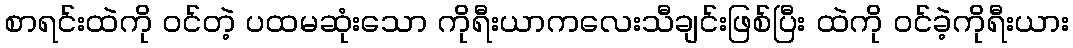
စာရင်းထဲကို ဝင်တဲ့ ပထမဆုံးသော ကိုရီးယာကလေးသီချင်းဖြစ်ပြီး ထဲကို ဝင်ခဲ့ကိုရီးယား